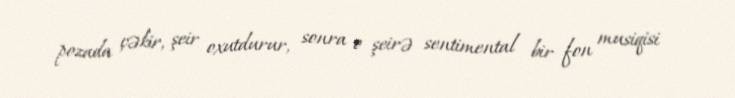
pozada çəkir, şeir oxutdurur, sonra o şeirə sentimental bir fon musiqisi